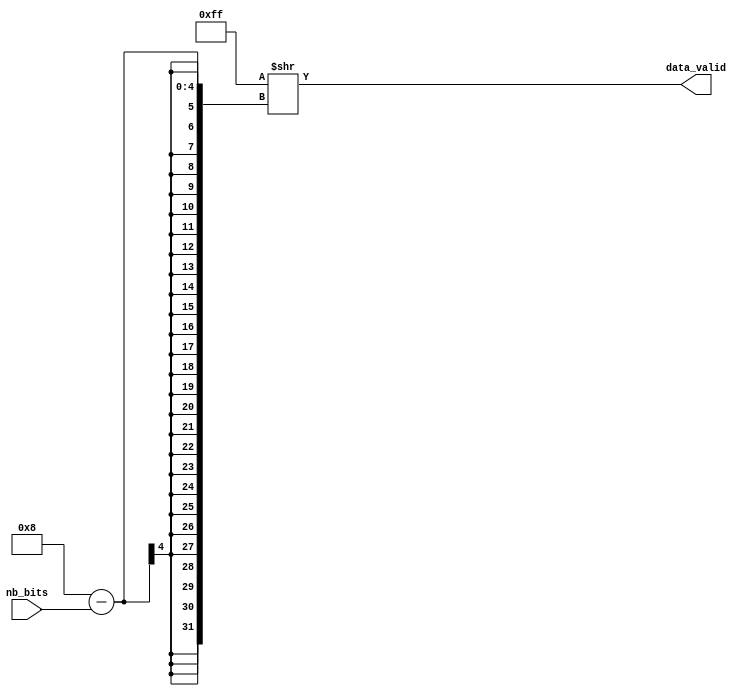
`timescale 1ns / 1ps


module mask_generator(
    input [2:0] nb_bits,
    output [7:0] data_valid
    );
    
    assign data_valid = 8'b11111111 >> (8 - nb_bits);
    
endmodule